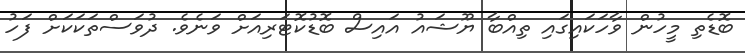
ބޮޑެތި މީހުން ވާހަކައިގައި ތިއްބާ ޔޫޝައު އައިސް ބޮޑުކޮޓަރިއަށް ވަނެވެ. ދުވަސްތަކަކަށް ފަހު